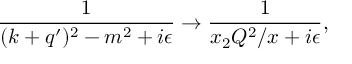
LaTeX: \frac { 1 } { ( k + q ^ { \prime } ) ^ { 2 } - m ^ { 2 } + i \epsilon } \to \frac { 1 } { x _ { 2 } Q ^ { 2 } / x + i \epsilon } ,